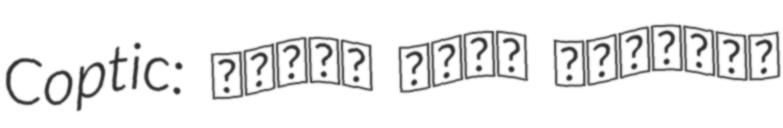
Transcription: Coptic: Ⲛⲉⲅⲓⲃ Ⲟⲛⲥⲓ Ⲥⲉⲩⲏⲣⲟⲥ